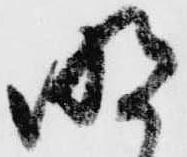
明